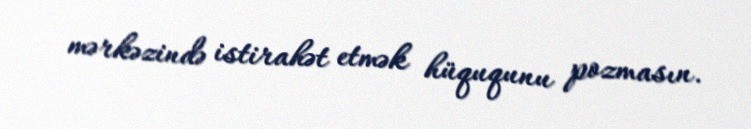
mərkəzində istirahət etmək hüququnu pozmasın.